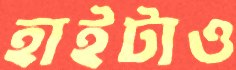
হাইটাও